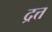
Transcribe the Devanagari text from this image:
द्रत्त